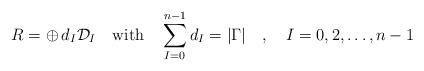
LaTeX: \begin{align*}R = \oplus \, d_I {\cal D}_I \quad \mbox{with} \quad \sum_{I=0}^{n-1}d_I = |\Gamma| \quad , \quad I=0,2,\ldots,n-1\end{align*}